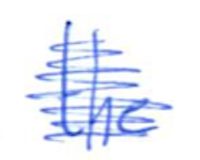
Text: the
Cross-out: scratch
Writing tool: ballpoint